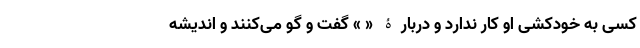
کسی به خودکشی او کار ندارد و دربارۀ « » گفت و گو می‌کنند و اندیشه